Bombay plague: being a history of the progress of plague in the Bombay presidency from September 1896 to June 1899
Year: 1896
Disease focus: Plague
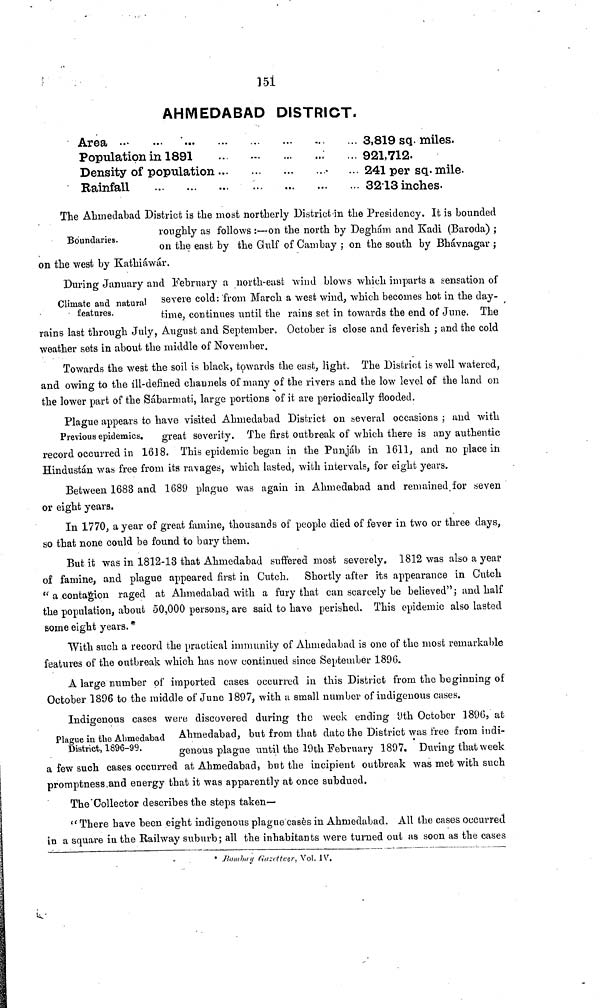
151
AHMEDABAD DISTRICT.
Area ...
Population in 1891
Density of population
Rainfall
...
3,819 sq. miles.
921,712.
241 per sq· mile.
3213 inches.
Boundaries.
The Ahmedabad District is the most northerly District in the Presidency. It is bounded
roughly as follows :—on the north by Deghám and Kadi (Baroda) ;
on the east by the Gulf of Cambay ; on the south by Bhávnagar ;
on the west by Kathiáwár.
Climate and natural
features.
During January and February a north-east wind blows which imparts a sensation of
severe cold : from March a west wind, which becomes hot in the day-
time, continues until the rains set in towards the end of June. The
rains last through July, August and September. October is close and feverish ; and the cold
weather sets in about the middle of November.
Towards the west the soil is black, towards the east, light. The District is well watered,
and owing to the ill-defined channels of many of the rivers and the low level of the land on
the lower part of the Sabarmati, large portions of it are periodically flooded.
Previous epidemics.
Plague appears to have visited Ahmedabad District on several occasions ; and with
great severity. The first outbreak of which there is any authentic
record occurred in 1618. This epidemic began in the Punjab in 1611, and no place in
Hindustan was free from its ravages, which lasted, with intervals, for eight years.
Between 1683 and 1689 plague was again in Ahmedabad and remained for seven
or eight years.
In 1770, a year of great famine, thousands of people died of fever in two or three days,
so that none could be found to bury them.
But it was in 1812-13 that Ahmedabad suffered most severely. 1812 was also a year
of famine, and plague appeared first in Cutch. Shortly after its appearance in Cutch
" a contagion raged at Ahmedabad with a fury that can scarcely be believed" ; and half
the population, about 50,000 persons, are said to have perished. This epidemic also lasted
some eight years. *
With such a record the practical immunity of Ahmedabad is one of the most remarkable
features of the outbreak which has now continued since September 1896.
A large number of imported cases occurred in this District from the beginning of
October 1896 to the middle of June 1897, with a small number of indigenous cases.
Plague in the Ahmedabad
District, 1896-99.
Indigenous cases were discovered during the week ending 9th October 1896, at
Ahmedabad, but from that date the District was free from indi-
genous plague until the 19th February 1897. During that week
a few such cases occurred at Ahmedabad, but the incipient outbreak was met with such
promptness .and energy that it was apparently at once subdued.
The Collector describes the steps taken—
"There have been eight indigenous plague cases in Ahmedabad. All the cases occurred
in a square in the Railway suburb ; all the inhabitants were turned out as soon as the cases
* Bombay Gazetteer, Vol. IV.